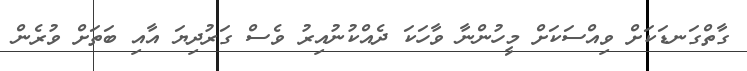
ގާތްގަނޑަކަށް ވިއްސަކަށް މީހުންނާ ވާހަކަ ދެއްކުނުއިރު ވެސް ގަރުދިޔަ އާއި ބަތަށް ވުރެން